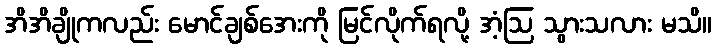
အိအိချိုကလည်း မောင်ချစ်အေးကို မြင်လိုက်ရလို့ အံ့ဩ သွားသလား မသိ။